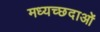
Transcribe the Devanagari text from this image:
मध्यच्छदाओं